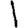
Digit: 1